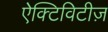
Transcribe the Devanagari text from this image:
ऐक्टिविटीज़